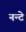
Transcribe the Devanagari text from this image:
नन्टे